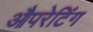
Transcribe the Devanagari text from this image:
औपरेटिंग